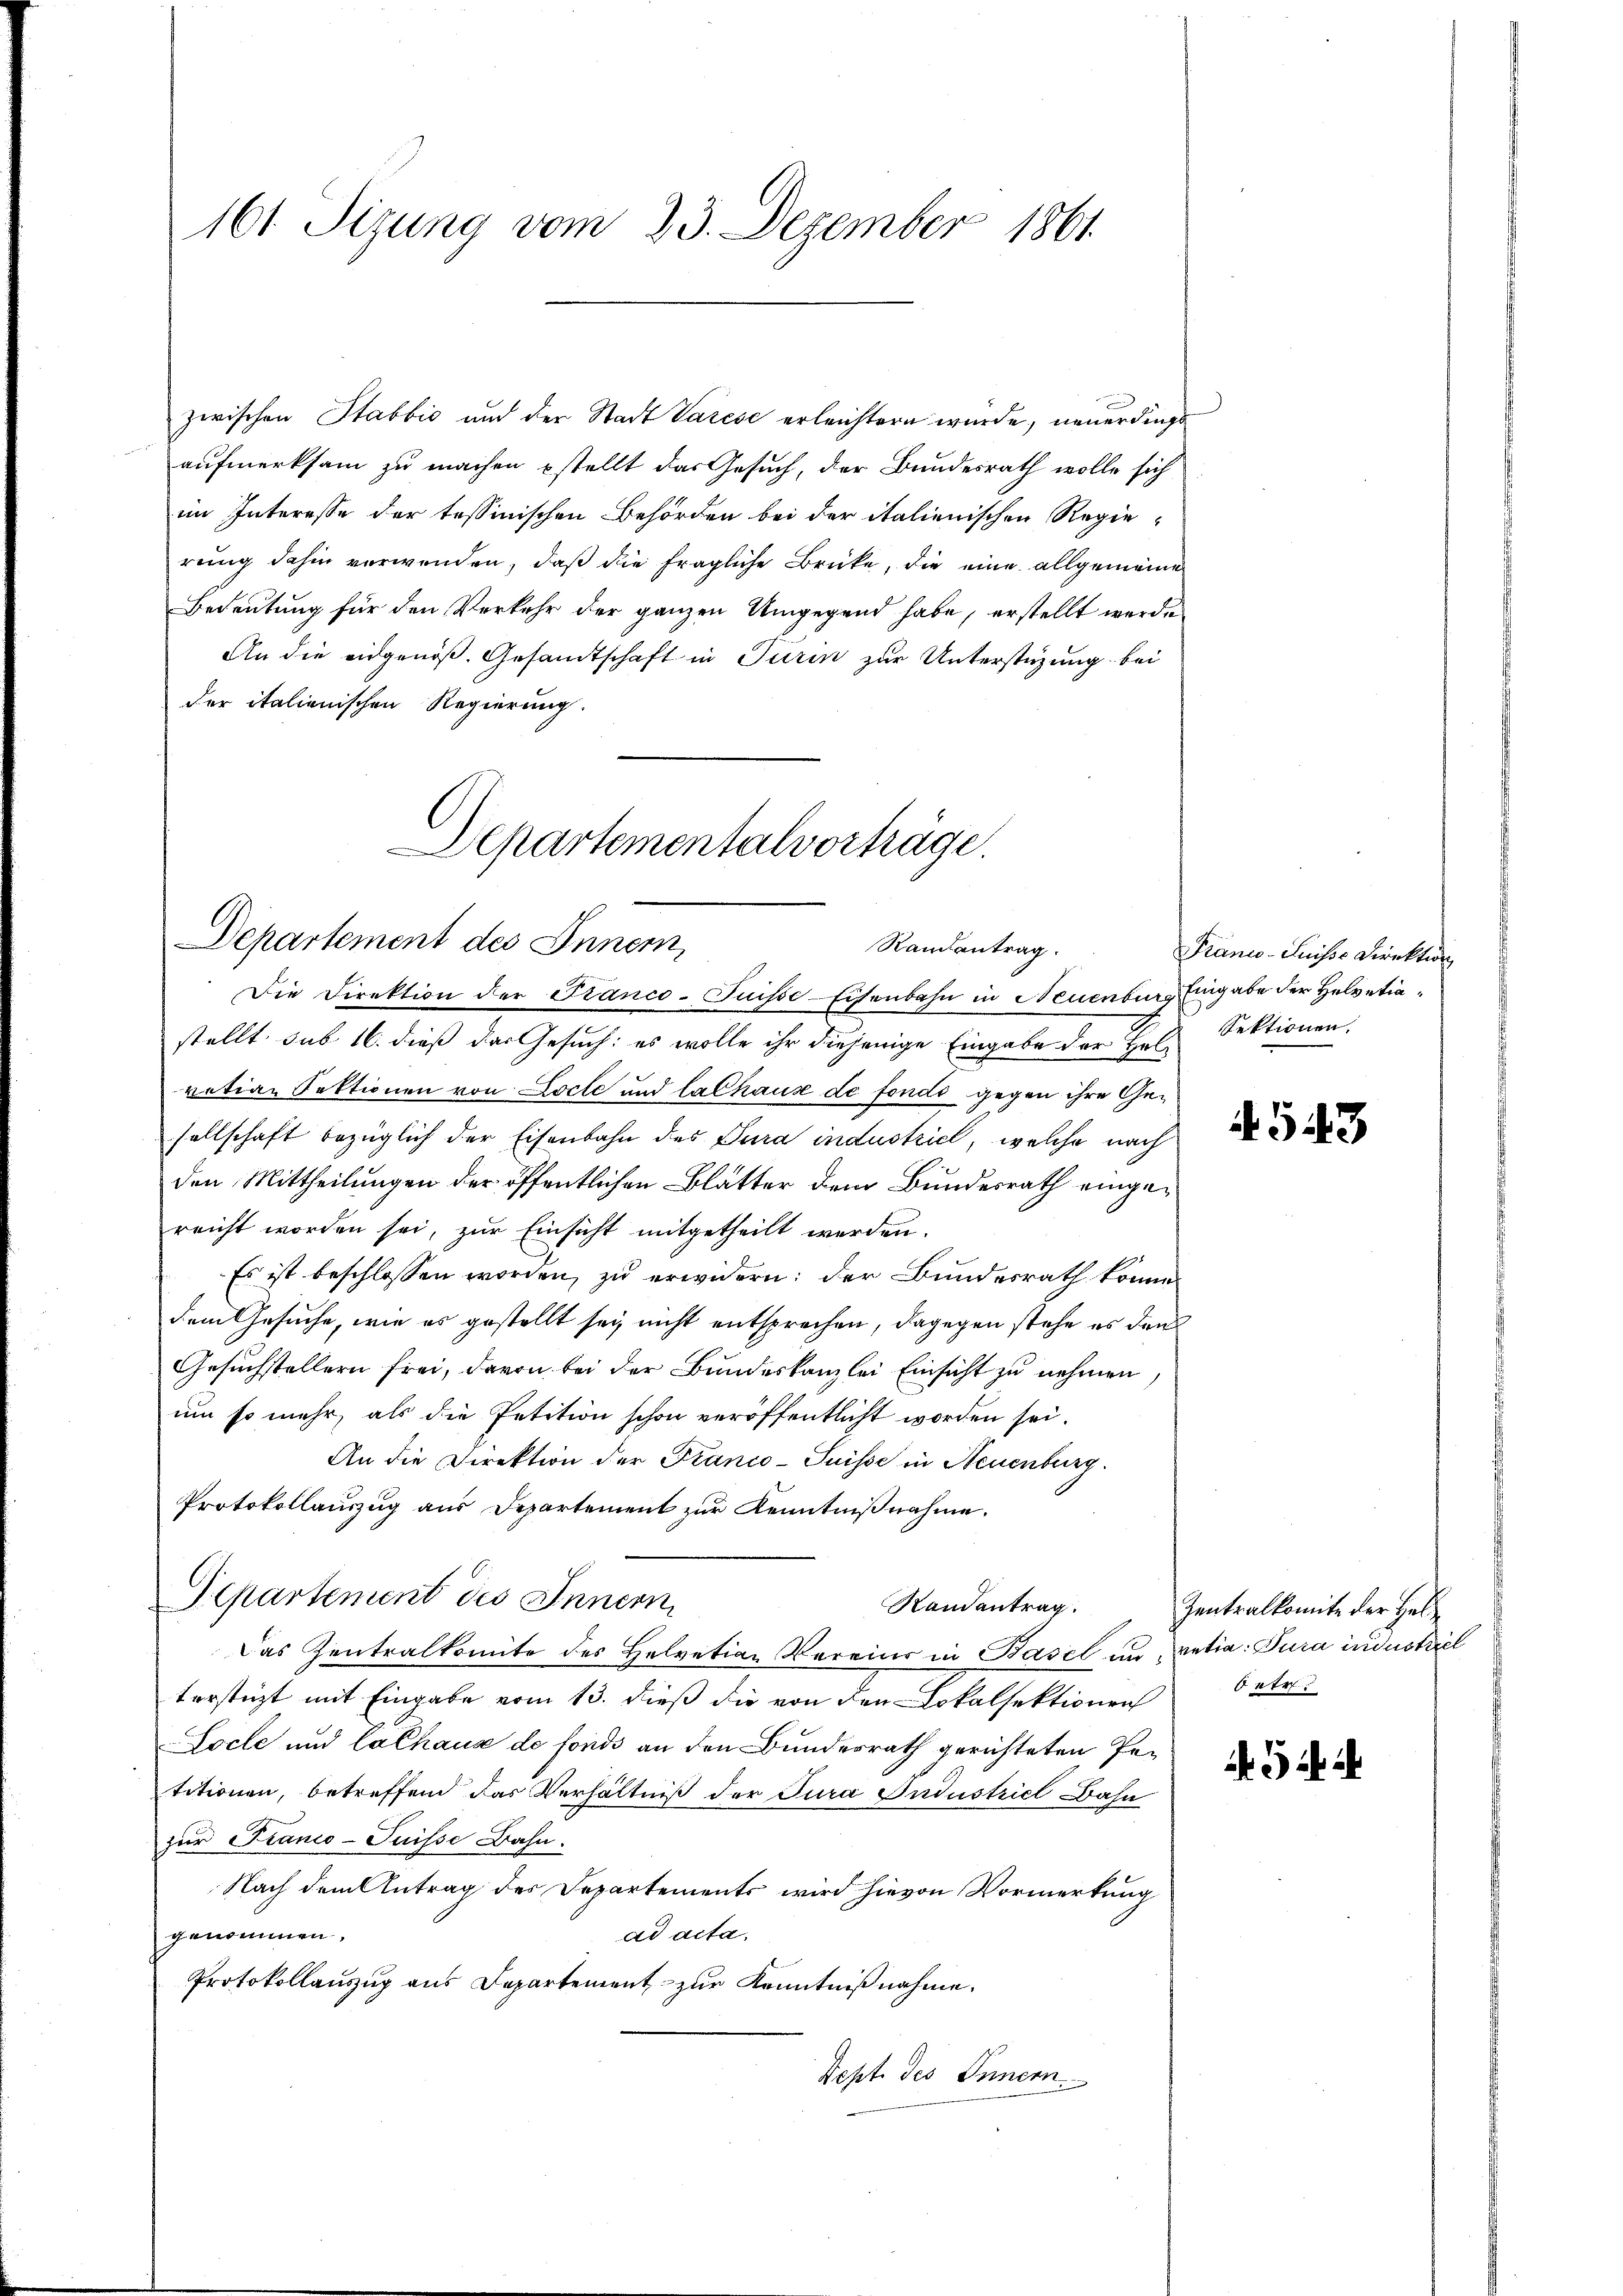
161 Sizung vom 23. Dezember 1861.

zwischen Stabbić und der Stadt Varese erleichtern wurde, neuerdings
aufmerksam zu machen pstellt das Gesuch, der Bundesrath wolle sich
im Interesse der tessinischen Behörden bei der italienischen Regierung dahin verwenden, daß die fragliche Brücke, die eine allgemeine
Bedeutung für den Verkehr der ganzen Umgegend habe, erstellt werde
An die eidgenöß. Gesandtschaft in Turin zur Unterstüzung bei
der italienischen Regierung.

Departementalvorträge.
Departement des Innern
Randantrag.
Die Direktion der Franco-Puisse-Eisenbahn in Neuenburg Eingabe der Helvetia¬

stellt sub 16. dieß das Gesuch: es wolle ihr diejenige Eingabe der Hel Sektionen.
vation Sektionen von Loche und lalhaus de fondi gegen ihre Gesellschaft bezüglich der Eisenbahn des Jura industrict, welche nach
den Mittheilungen der öffentlichen Blätter dem Bundesrath eingereicht worden sei, zur Einsicht mitgetheilt werden.
Es ist beschlossen worden, zu erwidern: der Bundesrath könne.
dem Gesuche, wie es gestellt sey nicht entsprechen, dagegen stehe es dann
Gesuchstellern frei, davon bei der Bundeskanzlei Einsicht zu nehmen
um so mehr, als die Petition schon veröffentlicht worden sei.
An die Direktion der Franco-Suisse in Neuenburg.
Protokollauszug aus Departement zur Kenntnißnahme.
Departement des Innern,
Randantrag.
Das Zentralkomite des Helvetian Vereins in Basel in retia: Jura industriel
terstüzt mit Eingabe vom 13. dieß die von den Lokalsektionen betr.
Socle und Cathaus de fonds an den Bundesrath gerichteten Petitionen, betreffend das Verhältniß der Jura Industriel Bahn
zur Franco-Puisse Bahn.
Nach dem Antrag des Departements wird hievon Vormerkung
genommen.
ad acta,
Protokollauszug aus Departement zur Kenntnißnahme.
Sept. des Innern

Franco-Suisse Direktion,

4543

Zentralkomite der Hel¬